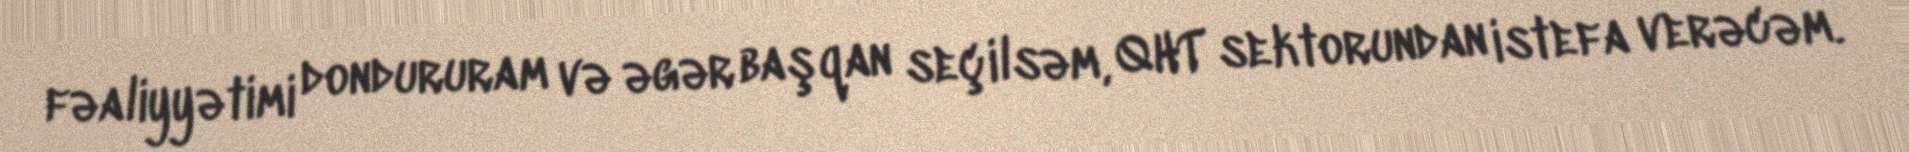
fəaliyyətimi dondururam və əgər başqan seçilsəm, QHT sektorundan istefa verəcəm.